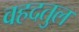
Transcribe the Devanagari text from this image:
वहदतुल